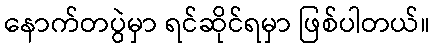
နောက်တပွဲမှာ ရင်ဆိုင်ရမှာ ဖြစ်ပါတယ်။